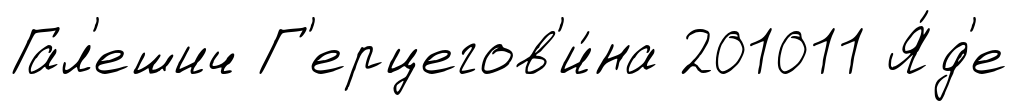
Гал'ешич Г'ерцегов'и́на 201011 Я́д'е